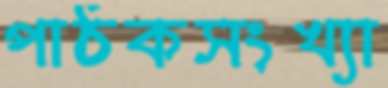
পাঠকসংখ্যা